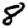
Digit: 8